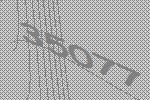
35077